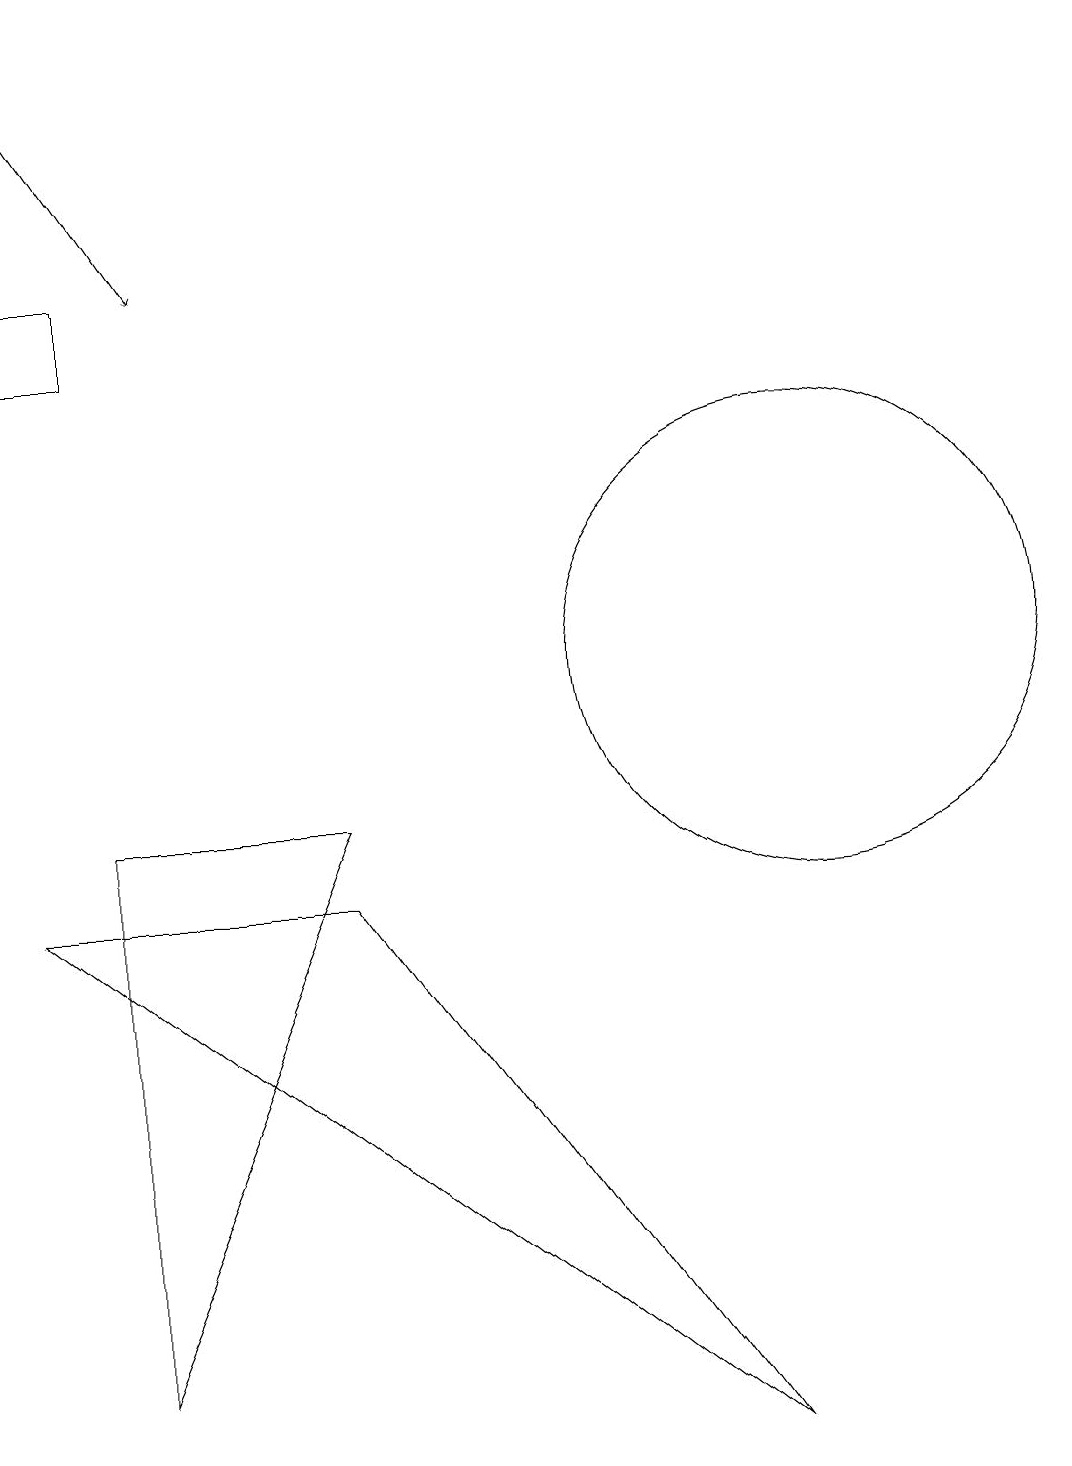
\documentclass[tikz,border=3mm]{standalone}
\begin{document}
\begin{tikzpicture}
\draw (10,11) circle (3);
\draw (0,18) rectangle (0,18);
\draw (9,1) -- (0,8) -- (4,8) -- cycle;
\draw (4,9) -- (1,2) -- (1,9) -- cycle;
\draw (8,15) rectangle (8,15);
\draw (1,15) rectangle (0,16);
\draw[->] (0,19) -- (2,16);
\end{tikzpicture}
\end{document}